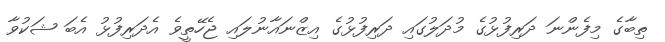
ތިބާގެ މިފެންނަ ދަރިފުޅުގެ މުދަލުގައި ދަރިފުޅުގެ އިޒްނައާނުލައި ޖެހޭތީވެ އެދަރިފުޅު އެބަ ޝަކުވާ